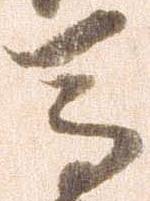
馬